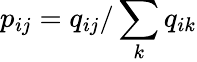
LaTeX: p_{ij}=q_{ij}/\sum_{k}q_{ik}